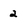
Character: 2